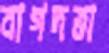
বাগদত্তা